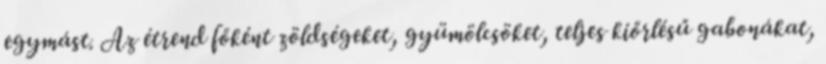
egymást. Az étrend főként zöldségeket, gyümölcsöket, teljes kiőrlésű gabonákat,